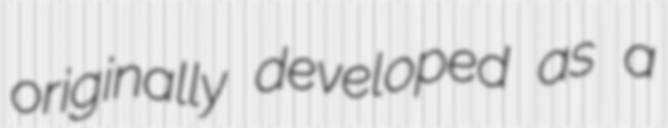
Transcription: originally developed as a